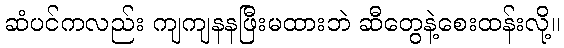
ဆံပင်ကလည်း ကျကျနနဖြီးမထားဘဲ ဆီတွေနဲ့စေးထန်းလို့။